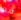
قد